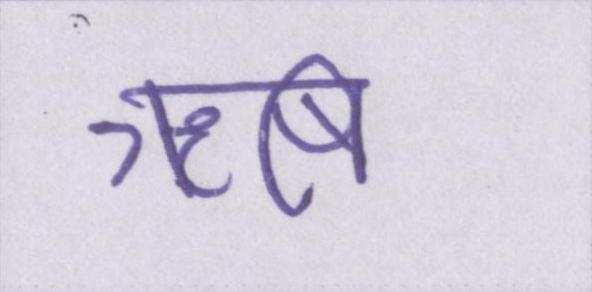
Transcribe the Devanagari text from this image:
ॠषि